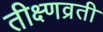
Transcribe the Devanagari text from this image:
तीक्ष्णव्रती